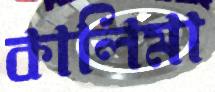
কালিমা